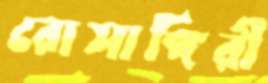
রোসাঙ্গিরী